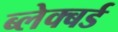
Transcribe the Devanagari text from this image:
ब्लेक्बर्ड